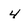
Character: 4